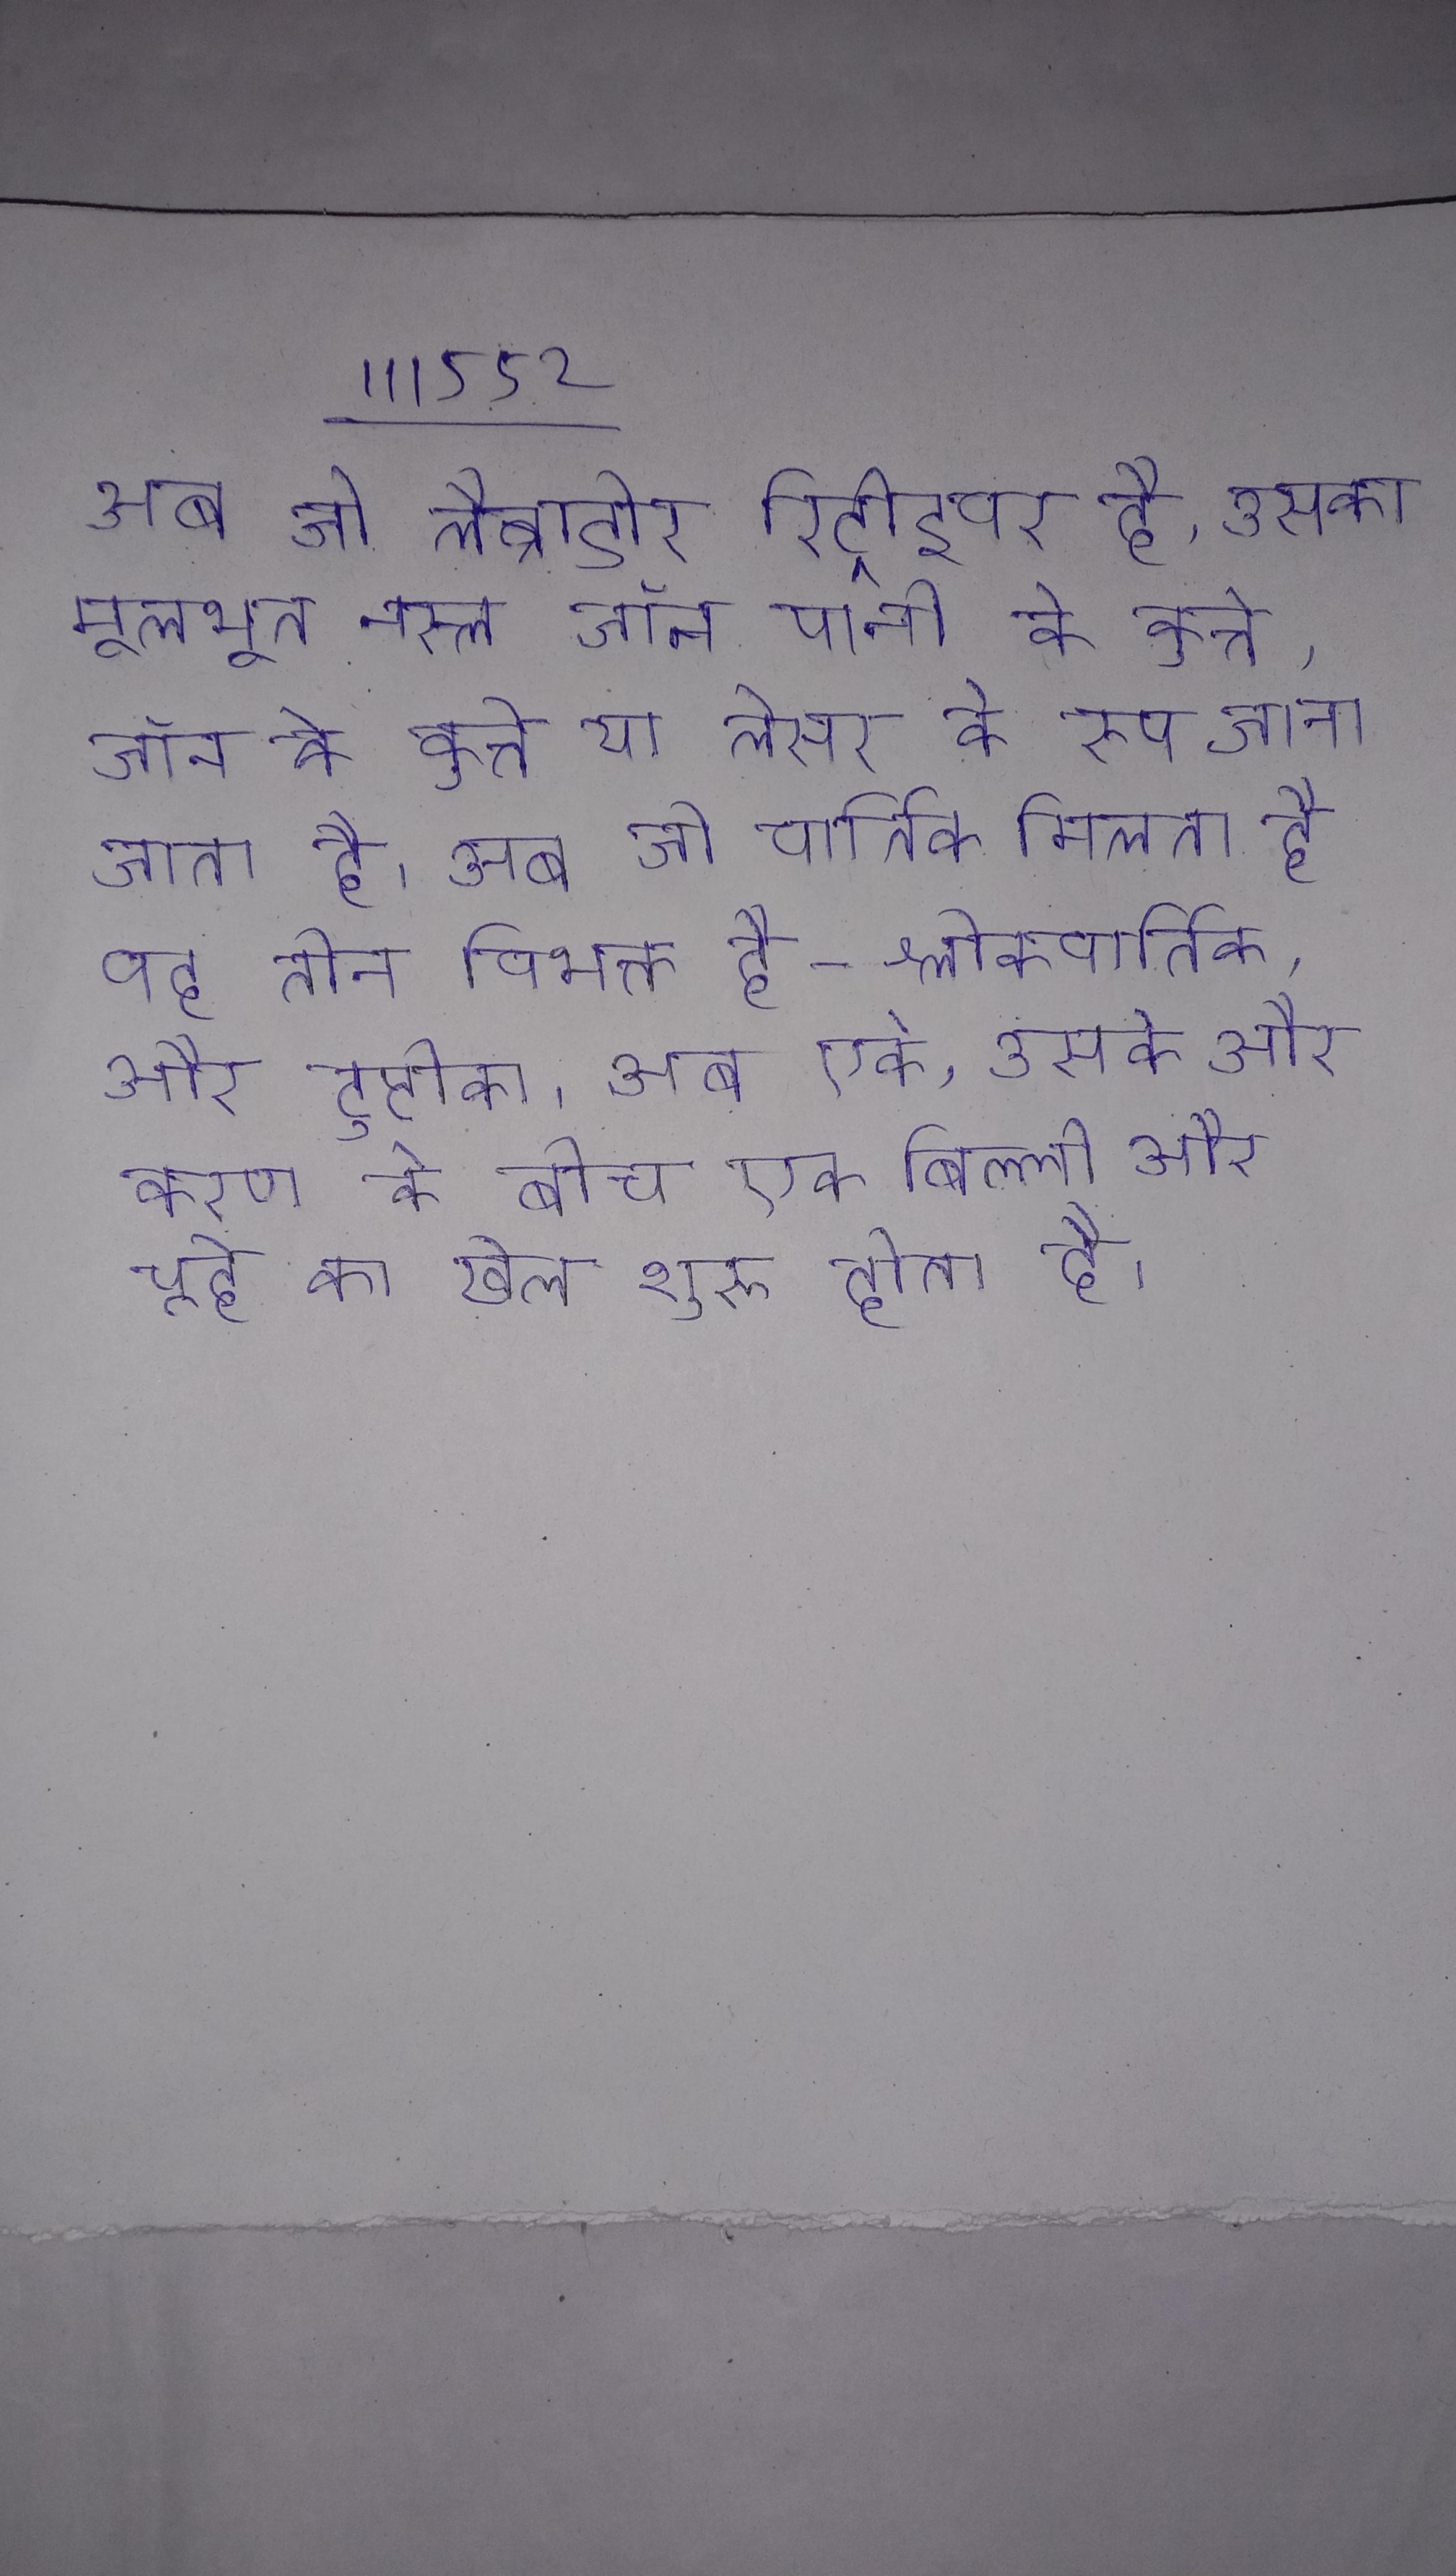
अब जो लैब्राडोर रिट्रीइवर है, उसका मूलभूत नस्ल जॉन पानी के कुत्ते, जॉन के कुत्ते या लेसर के रूप जाना जाता है । अब जो वार्तिक मिलता है वह तीन विभक्त है-श्लोकवार्तिक, और टुप्टीका । अब एके, उसके और करण के बीच एक बिल्ली और चूहे का खेल शुरू होता है ।